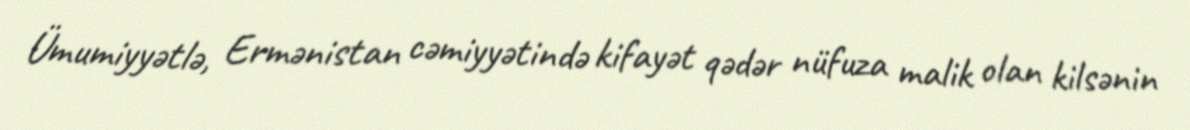
Ümumiyyətlə, Ermənistan cəmiyyətində kifayət qədər nüfuza malik olan kilsənin